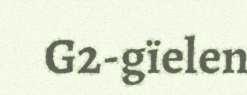
G2-gïelen